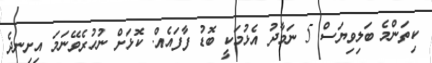
ކިތަންމެ ބަލިވިޔަސް 5 ނަމާދު އެޅުމަކީ ބޮޑު ފާފައެއް. ކޮޅަށް ނުހުރެވޭނަމަ އިށިނދެ